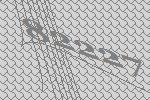
82227